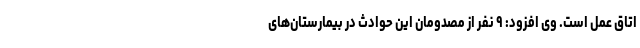
اتاق عمل است. وی افزود: ۹ نفر از مصدومان این حوادث در بیمارستان‌های